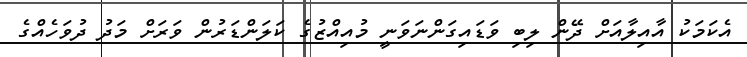
އެކަމަކު އާއިލާއަށް ދޭން ލިބި ވަޑައިގަންނަވަނީ މުއިއްޒުގެ ކަލަންޑަރުން ވަރަށް މަދު ދުވަހެއްގެ